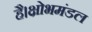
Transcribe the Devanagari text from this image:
है।क्षोभमंडल